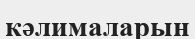
кәлималарын